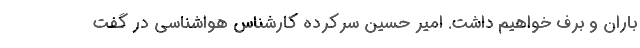
باران و برف خواهیم داشت. امیر حسین سرکرده کارشناس هواشناسی در گفت